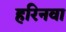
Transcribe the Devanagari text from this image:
हरिनवा